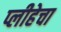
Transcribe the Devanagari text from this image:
प्लीहेचा